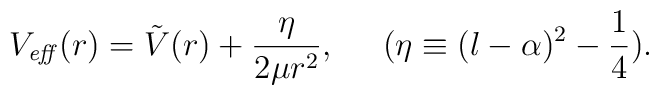
V_{\it eff}(r) = \tilde{V}(r) + \frac{\eta}{2\mu r^{2}},\;\;\;\;\; (\eta \equiv (l-\alpha)^{2} - \frac{1}{4}).